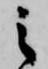
之